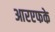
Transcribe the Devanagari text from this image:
आरएफके